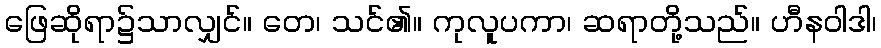
ဖြေဆိုရာ၌သာလျှင်။ တေ၊ သင်၏။ ကုလူပကာ၊ ဆရာတို့သည်။ ဟီနဝါဒါ၊